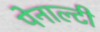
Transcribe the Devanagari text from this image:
पेनाल्‍टी